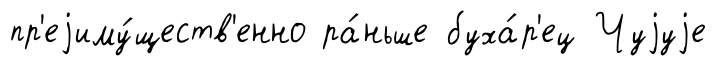
пр'еjиму́ществ'енно ра́ньше буха́р'ец Чуjуjе